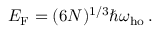
E _ { \mathrm { { F } } } = ( 6 N ) ^ { 1 / 3 } \hbar \omega _ { \mathrm { h o } } \, .